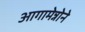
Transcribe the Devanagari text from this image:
आगामेन्नोने